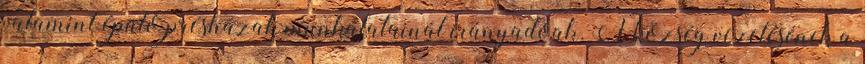
valamint épülő présházak munkálatainál irányadóak. A község vezetésének a